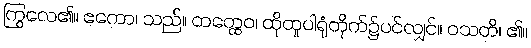
ကြွလေ၏။ ဧကော၊ သည်။ တတ္ထေဝ၊ ထိုထူပါရုံတိုက်၌ပင်လျှင်။ ဝသတိ၊ ၏။